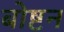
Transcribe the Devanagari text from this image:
बोष्टन